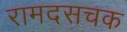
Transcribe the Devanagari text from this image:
रामदसचक